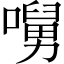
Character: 𡀭